Vaccination in Bombay 1889-1901 - 1889-1901
Year: 1889
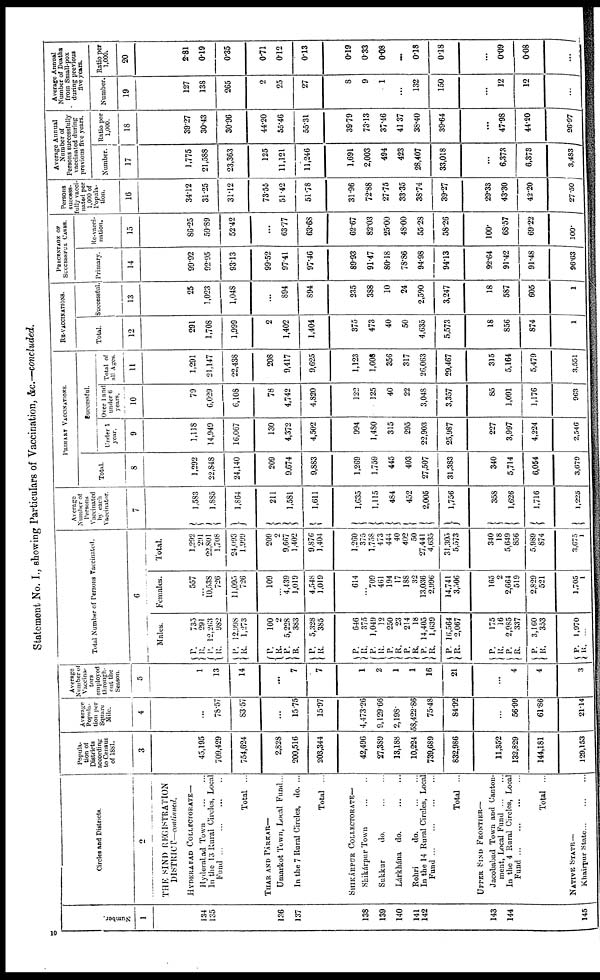
Statement No. I., showing Particulars of Vaccination, &c.—concluded.
Number.
1
134
135
136
137
138
139
140
141
143
144
145
Circles and Districts.
2
THE SIND REGISTRATION
DISTRICT—continued.
HYDERABAD COLLECTORATE—
Hyderabad Town
...
...
In the 13 Rural Circles, Local
Fund
...
...
...
...
Total ...
THAR AND PÁRKAR—
Umarkot Town, Local Fund...
In the 7 Rural Circles, do. ...
Total ...
SHIKÁRPUR COLLECTORATE—
Shikárpur Town
...
...
Sukkur
do.
...
...
Lárkhána do.
...
...
Rohri
do.
...
...
In the 14 Rural Circles, Local
Fund
...
...
...
...
Total ...
UPPER SIND FRONTIER—
Jacobabad Town and Canton-
ment, Local Fund
...
...
In the 4 Rural Circles, Local
Fund ... ... ... ...
Total ...
NATIVE STATE—
Khairpur
State... ... ...
Popula-
tion of
Districts
according
to Census
of 1881.
3
45,195
709,429
754,624
2,828
200,516
203,344
42,496
27,389
13,188
10,224
739,689
832,986
11,352
132,829
144,181
129,153
Average
Popula-
tion per
Square
Mile.
4
...
78.57
83.57
...
15.75
15.97
4,473.26
9,129.66
2,198
58,422.86
75.48
84.92
...
56.99
61.86
21.14
Average
Number of
Vaccina-
tors
employed
through-
out the
Season.
5
1
13
14
...
7
7
1
2
1
1
16
21
...
4
4
3
Total Number of Persons Vaccinated.
6
Males.
P.
R. P.
R.
P.
R.
P.
R.
P.
R.
P.
R.
P.
R.
P.
R.
P.
R.
P.
R.
P.
R.
P.
R.
P.
R.
P.
R.
P.
R.
P.
R.
735
291
12,263
982
12,998
1,273
100
2
5,228
383
5,328
385
646
375
1,049
12
250
23
214
18
14,405
1,639
16,564
2,067
175
16
2,985
337
3,160
353
1,970
...
Females.
557
...
10,538
726
11,095
726
109
...
4,439
1,019
4,548
1,019
614
...
709
461
194
17
188
32
13,036
2,996
14,741
3,506
165
2
2,664
519
2,829
521
1,705
1
Total.
1,292
291
22,801
1,708
24,093
1,999
209
2
9,667
1,402
9,876
1,404
1,260
375
1,758
473
444
40
402
50
27,441
4,635
31,305
5,573
340
18
5,649
856
5,989
874
3,675
1
Average
Number of
Persons
Vaccinated
by each
Vaccinator.
7
1,583
1,885
1,864
211
1,581
1,611
1,635
1,115
484
452
2,005
1,756
358
1,626
1,716
1,225
PRIMARY VACCINATIONS.
Total.
8
1,292
22,848
24,140
209
9,674
9,883
1,269
1,759
445
403
27,507
31,383
340
5,714
6,054
3,679
Successful.
Under 1
year.
9
1,118
14,949
16,067
130
4,372
4,502
994
1,480
315
295
22,903
25,987
227
3,997
4,224
2,546
Over 1 and
under 6
years.
10
79
6,029
6,108
78
4,742
4,820
122
125
40
22
3,048
3,357
85
1,091
1,176
963
Total of
all Ages.
11
1,291
21,147
22,438
208
9,417
9,625
1,123
1,608
356
317
26,063
29,467
315
5,164
5,479
3,551
RE-VACCINATIONS.
Total.
12
291
1,708
1,999
2
1,402
1,404
375
473
40
50
4,635
5,573
18
856
874
1
Successful.
13
25
1,023
1,048
...
894
894
235
388
10
24
2,590
3,247
18
587
605
1
PERCENTAGE OF
SUCCESSFUL CASES.
Primary.
14
99.92
92.95
93.13
99.52
97.41
97.46
89.93
91.47
80.18
78.86
94.98
94.13
92.64
91.42
91.48
96.63
Re-vacci-
nation.
15
86.25
59.89
52.42
...
63.77
63.68
62.67
82.03
25.00
48.00
55.28
58.26
100.
68.57
69.22
100.
Persons
success-
fully vacci-
nated per
1,000 of
Popula-
tion.
16
34.12
31.25
31.12
73.55
51.42
51.78
31.96
72.88
27.75
33.35
38.74
39.27
29.33
43.30
42.20
27.50
Average Annual
Number of
Persons successfully
vaccinated during
previous five years.
Number.
17
1,775
21,588
23,363
125
11,121
11,246
1,691
2,003
494
423
28,407
33,018
...
6,373
6,373
3,483
Ratio per
1,000.
18
39.27
30.43
30.96
44.20
55.46
55.31
39.79
73.13
37.46
41.37
38.40
39.64
...
47.98
44.20
26.97
Average Annual
Number of Deaths
from Small-pox
during previous
five years.
Number.
19
127
138
265
2
25
27
8
9
1
...
132
150
...
12
12
...
Ratio per
1,000.
20
2.81
0.19
0.35
0.71
0.12
0.13
0.19
0.33
0.08
...
0.18
0.18
...
0.09
0.08
...
10